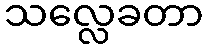
သလ္လေခတာ